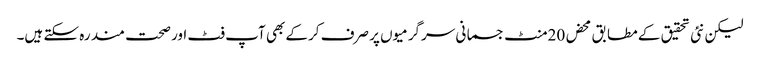
لیکن نئی تحقیق کے مطابق محض 20منٹ جسمانی سرگرمیوں پر صرف کرکے بھی آپ فٹ اور صحت مند رہ سکتے ہیں۔